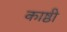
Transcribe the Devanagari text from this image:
काष्ठी